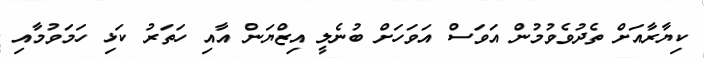
ކިޔާރާއަށް ތެދުވެވުމުން އަވަސް އަވަހަށް ބުނެލީ އިޒްޔަން އާއި ހަތަރު ކަޅި ހަމަވުމާއި